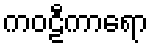
ကဝဠီကာရော